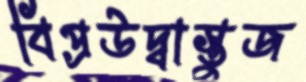
বিপ্রউদ্বাস্তুজ